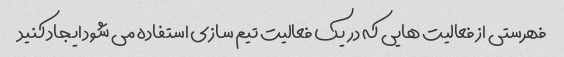
فهرستی از فعالیت هایی که در یک فعالیت تیم سازی استفاده می شود ایجاد کنید